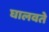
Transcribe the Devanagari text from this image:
घालवते